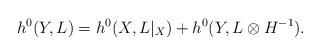
LaTeX: \begin{align*}h^{0}(Y,L)=h^{0}(X,L|_{X})+h^{0}(Y,L\otimes H^{-1}). \end{align*}